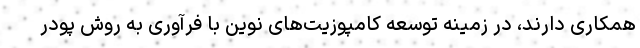
همکاری دارند، در زمینه توسعه کامپوزیت‌های نوین با فرآوری به روش پودر